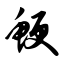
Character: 鲠